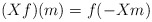
\begin{align*}(X f)(m)= f(- X m)\end{align*}